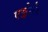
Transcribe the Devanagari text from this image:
एञ्जेलेस